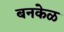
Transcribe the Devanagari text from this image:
बनकेळ